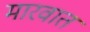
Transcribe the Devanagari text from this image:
मारवात